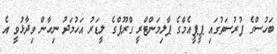
ބަހުސްގެ ފުރުސަތުގައި ޕީޕީއެމްގެ ޕާލިމަންޓްރީ ގްރޫޕްގެ ލީޑަރު އަހުމަދު ނިހާން ވިދާޅުވީ އެ